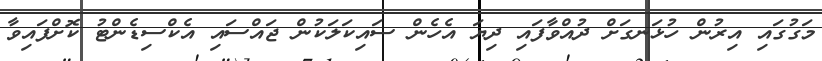
މަގުގައި އިރުން ހުޅަނގަށް ދުއްވާފައި ދިޔަ އެހެން ސައިކަލަކުން ޖައްސައި އެކްސިޑެންޓު ކޮށްފައިވާ